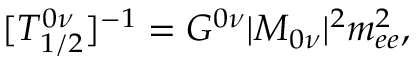
[ T _ { 1 / 2 } ^ { 0 \nu } ] ^ { - 1 } = G ^ { 0 \nu } | M _ { 0 \nu } | ^ { 2 } m _ { e e } ^ { 2 } ,